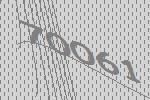
70061